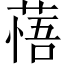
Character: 𦷮